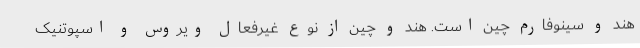
هند و سینوفارم چین است. هند و چین از نوع غیرفعال ویروس و اسپوتنیک